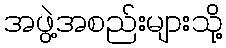
အဖွဲ့အစည်းများသို့